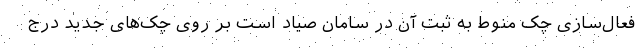
فعال‌سازی چک منوط به ثبت آن در سامان صیاد است بر روی چک‌های جدید درج